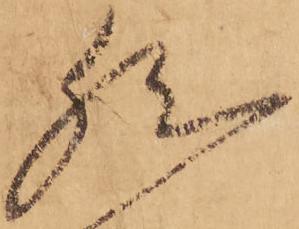
然